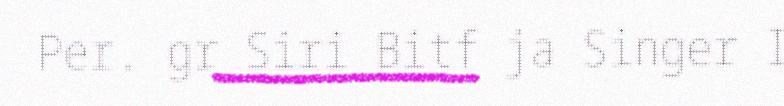
Per. gr Siri Bitf ja Singer I